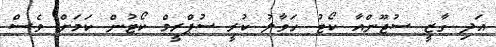
އަދި ގާޒީ ސުޖޫންއާ ކޯޓު ހަވާލު ކުރީ ސުޕްރީމް ކޯޓުން ކަމަށް ވެސް